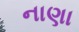
નાણા